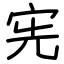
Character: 宪